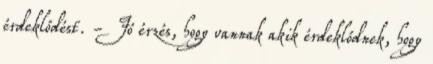
érdeklődést. - Jó érzés, hogy vannak akik érdeklődnek, hogy